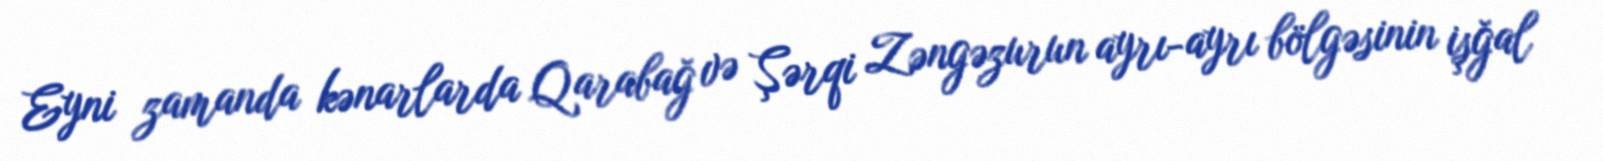
Eyni zamanda kənarlarda Qarabağ və Şərqi Zəngəzurun ayrı-ayrı bölgəsinin işğal